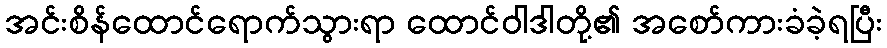
အင်းစိန်ထောင်ရောက်သွားရာ ထောင်ဝါဒါတို့၏ အစော်ကားခံခဲ့ရပြီး